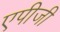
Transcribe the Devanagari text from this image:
एपीजी